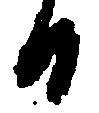
日